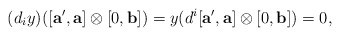
\begin{align*} (d_iy)([\mathbf{a'},\mathbf{a}] \otimes [0,\mathbf{b}] )=y(d^i[\mathbf{a'},\mathbf{a}] \otimes [0,\mathbf{b}] )=0, \end{align*}